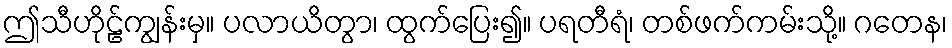
ဤသီဟိုဠ်ကျွန်းမှ။ ပလာယိတွာ၊ ထွက်ပြေး၍။ ပရတီရံ၊ တစ်ဖက်ကမ်းသို့။ ဂတေန၊